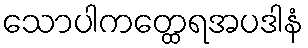
သောပါကတ္ထေရအပဒါနံ